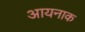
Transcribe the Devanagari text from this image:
आयनाक